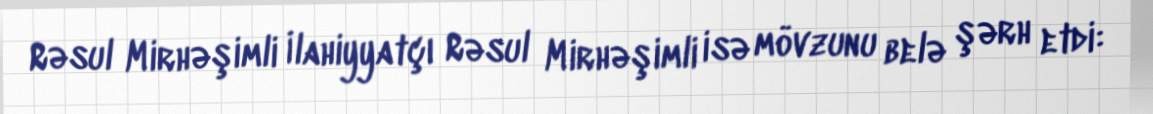
Rəsul Mirhəşimli İlahiyyatçı Rəsul Mirhəşimli isə mövzunu belə şərh etdi: